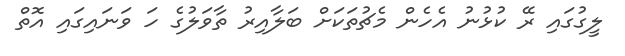
ލީގުގައި ރޭ ކުޅުނު އެހެން މެޗުތަކަށް ބަލާއިރު ތާވަލުގެ ހަ ވަނައިގައި އޮތް